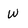
Character: W